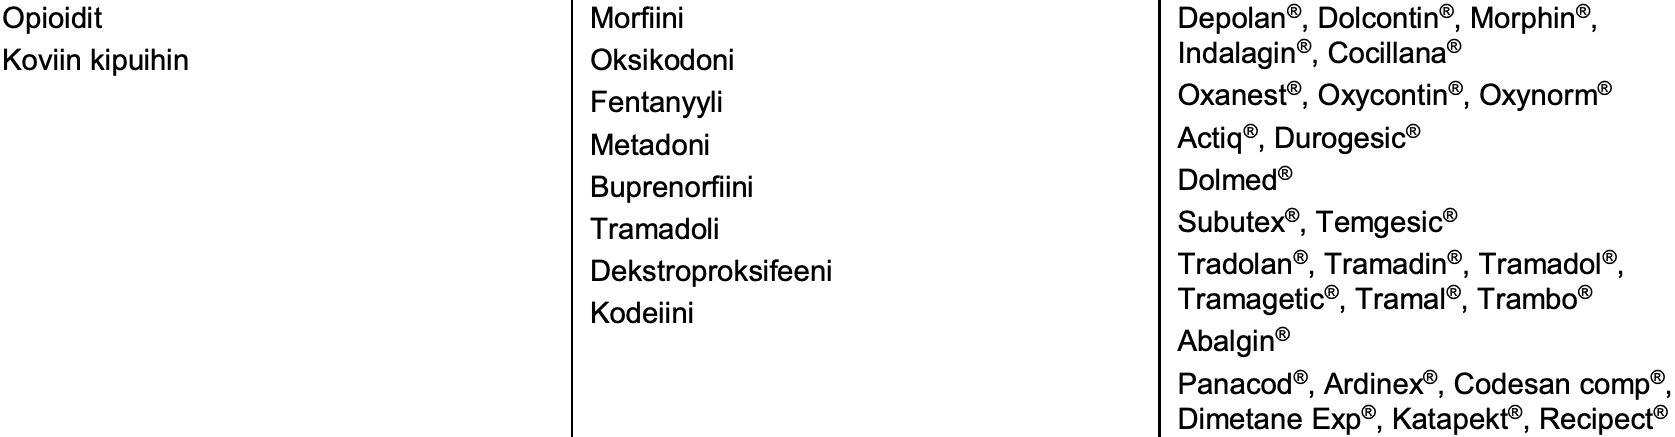
Opioidit            Morfiini           Depolan®, Dolcontin®, Morphin®, Koviin kipuihin     Oksikodoni         Indalagin®, Cocillana® Fentanyyli         Oxanest®, Oxycontin®, Oxynorm® Metadoni           Actiq®, Durogesic® Buprenorfiini      Dolmed® Tramadoli          Subutex®, Temgesic® Dekstroproksifeeni Tradolan®, Tramadin®, Tramadol®, Tramagetic®, Tramal®, Trambo® Kodeiini Abalgin® Panacod®, Ardinex®, Codesancomp®, DimetaneExp®, Katapekt®, Recipect®